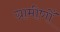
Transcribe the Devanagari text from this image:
ग्रामीणोँ